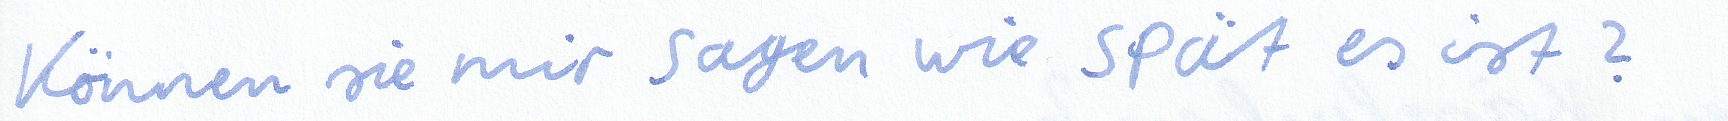
Können sie mir sagen wie spät es ist?